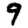
Digit: 9